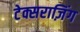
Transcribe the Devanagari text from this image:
टेक्सराज़िंग